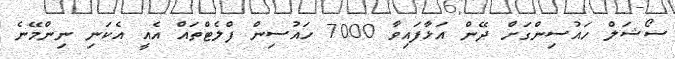
ސޯޝަލް ހައުސިންގަށް ދޭން އަޅާފައިވާ 7000 ހައުސިން ފްލެޓްތައް އެއީ އެކަނި ނިންމޭނެ